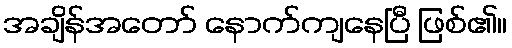
အချိန်အတော် နောက်ကျနေပြီ ဖြစ်၏။